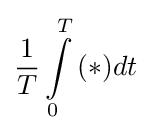
{1 \over T}\int \limits _{0}^{T}{(*)}dt